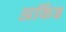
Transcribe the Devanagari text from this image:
अर्किड